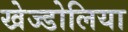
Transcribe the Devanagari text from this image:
खेज्डोलिया